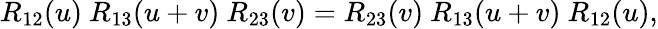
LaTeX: R_{12}(u)\ R_{13}(u+v)\ R_{23}(v)=R_{23}(v)\ R_{13}(u+v)\ R_{12}(u),